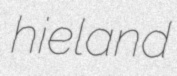
hieland